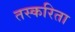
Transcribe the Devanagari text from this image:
तस्करिता